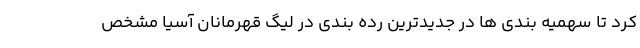
کرد تا سهمیه بندی ها در جدیدترین رده بندی در لیگ قهرمانان آسیا مشخص